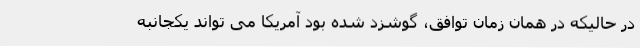
در حالیکه در همان زمان توافق، گوشزد شده بود آمریکا می تواند یکجانبه